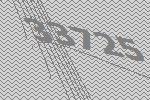
33725